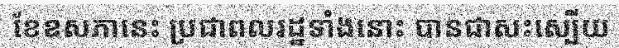
ខែឧសភានេះ ប្រជាពលរដ្ឋទាំងនោះ បានជាសះស្បើយ